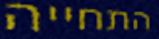
התחייה